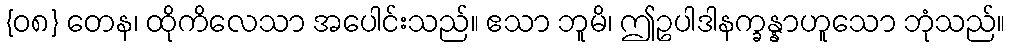
{၀၈} တေန၊ ထိုကိလေသာ အပေါင်းသည်။ ဧသာ ဘူမိ၊ ဤဥပါဒါနက္ခန္နာဟူသော ဘုံသည်။